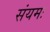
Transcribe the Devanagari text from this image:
संयमः